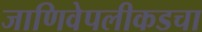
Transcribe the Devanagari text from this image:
जाणिवेपलीकडचा